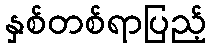
နှစ်တစ်ရာပြည့်